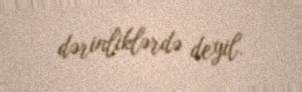
dərinliklərdə deyil.